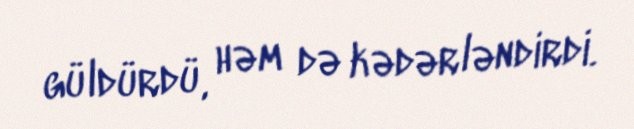
güldürdü, həm də kədərləndirdi.